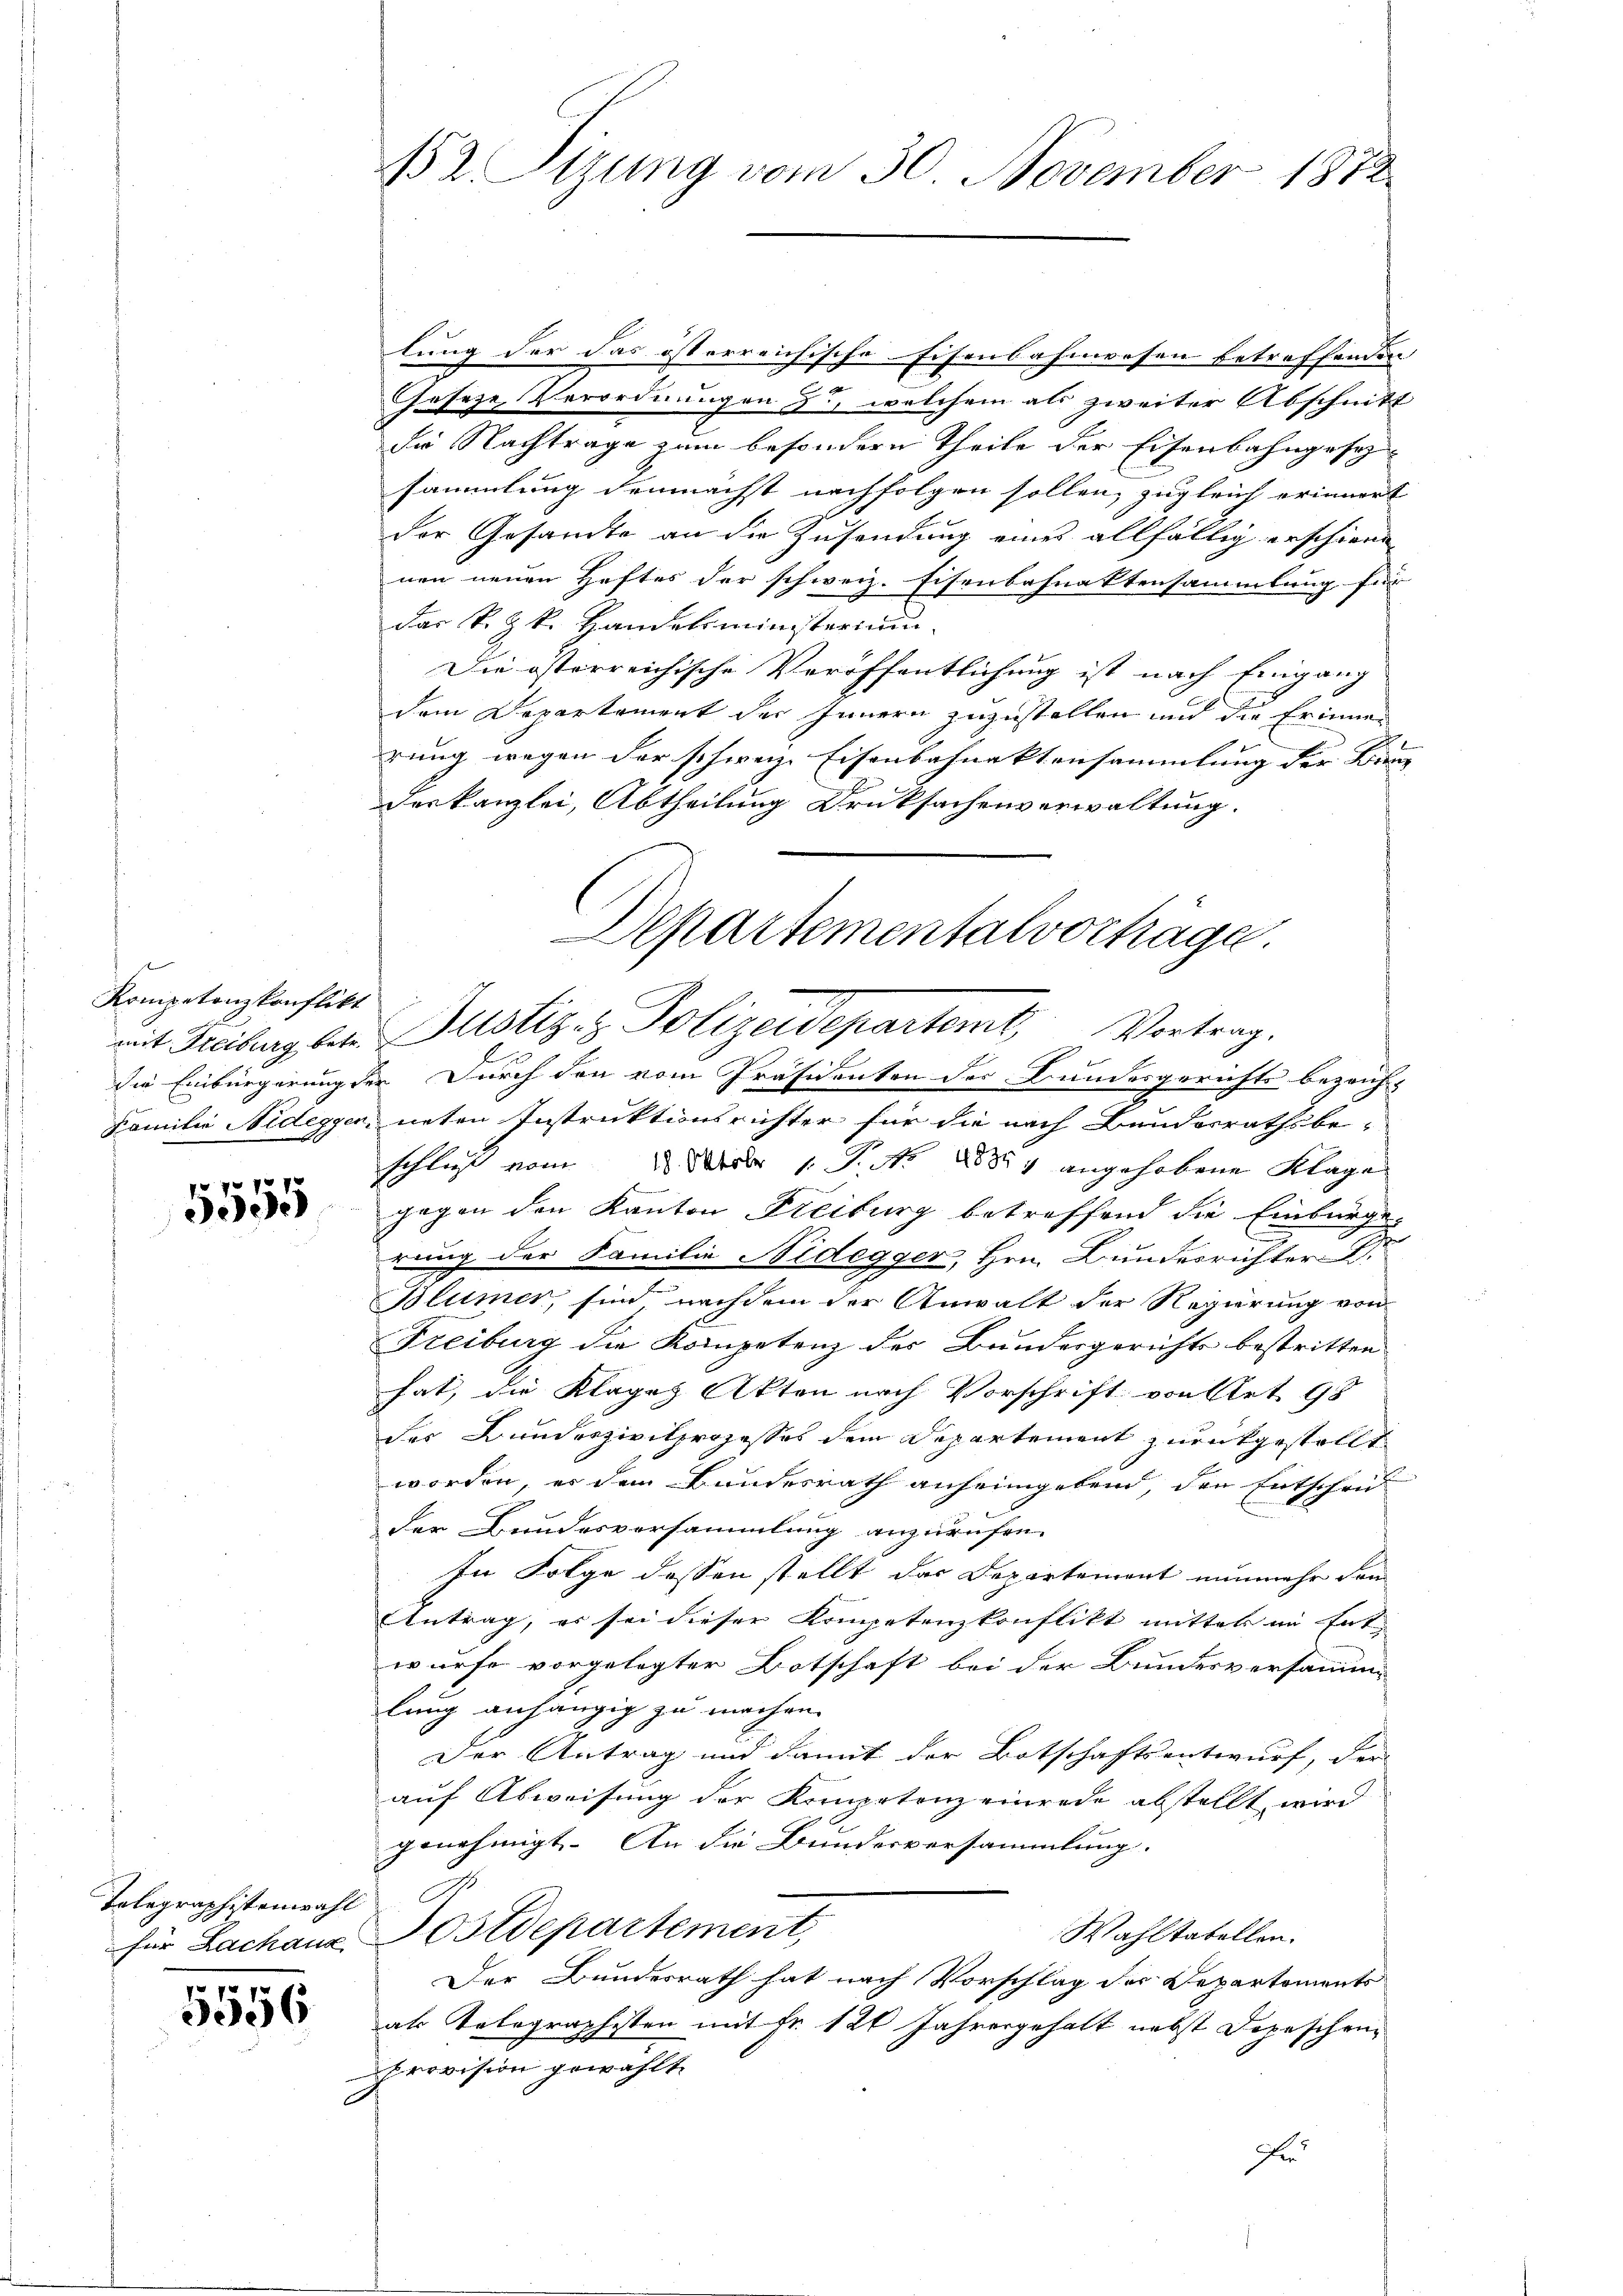
Kompetenzkonflikt

7
3095

Talographistenwahl Br

5556

152 Sizung vom 30. November 1882

lung der das österreichische Eisenbahnwesen betreffenden |

Geseze, Verordnungen zu, welchem als zweiter Abschnitt
die Nachträge zum besondern Theile der Eisenbahngesesammlung demnächst nachfolgen sollen, zugleich erinnert |
der Gesamte an die Zusendung eines allfällig erschiene
nen neuen Heftes der schweiz. Eisenbahnaktensammlung für
das k. k. Handelsministerium
Die österreichische Veröffentlichung ist nach Eingang
dem Departement der Innern zuzustellen und die Erinner
rung wegen der schweiz. Eisenbahnaktensammlung der Binn- |
derkanzlei, Abtheilung Drucksachenverwaltung.
die Einbürgerung der Durch den vom Präsidenten des Bundesgerichts bezeich-
Familie Nidegger, neten Instruktionsrichter für die nach Bundesrathsbe-
schließ vom 2. Der 1. P. Nr. 1887 angehobene Klage
gegen den Kanton Freiburg betreffend die Einbürge
rung der Familie Nidegger, Hrn. Bundesrichter
Blümer, sind, nachdem der Anwalt der Regierung von
Freiburg die Kompetenz der Bundesgerichts bestritten
hat, die Klages Akten nach Vorschrift von Art. 98
der Bundeszivilprozesses dem Departement zurückgestellt
worden, es dem Bundesrath anheimgebend, den Entschrit
der Bundesversammlung anzurufen.
In Folge dessen stellt das Departement nunmehr den
Antrag, er sei dieser Kompetenzkonflikt mittel im Entwurfe vorgelegter Botschaft bei der Bundesversamm
lung anhängig zu machen.
Der Antrag und damit der Botschaftsentwurf, der
auf Abweisung der Kometenzeinrede abstellt wird
genehmigt. An die Bundesversammlung.
Wahltabellen.
für Lachanz Postdepartement,
Der Bundesrath hat nach Vorschlag der Departements
als Telegraphisten mit Fr. 120 Jahresgehalt nebst Depeschen
Provision gewählt
Fr

Departementalvorträge.
mit Kiburg betr. Justiz- & Polizeidepartemt Vortrag.